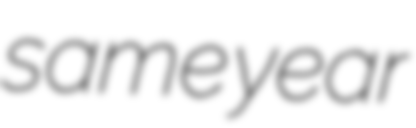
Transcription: same year